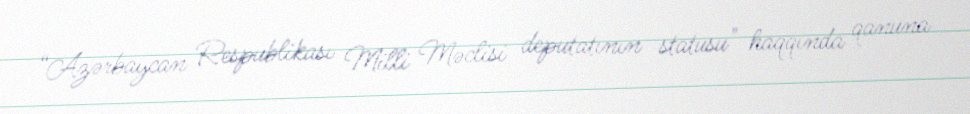
“Azərbaycan Respublikası Milli Məclisi deputatının statusu" haqqında qanuna